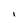
Character: I